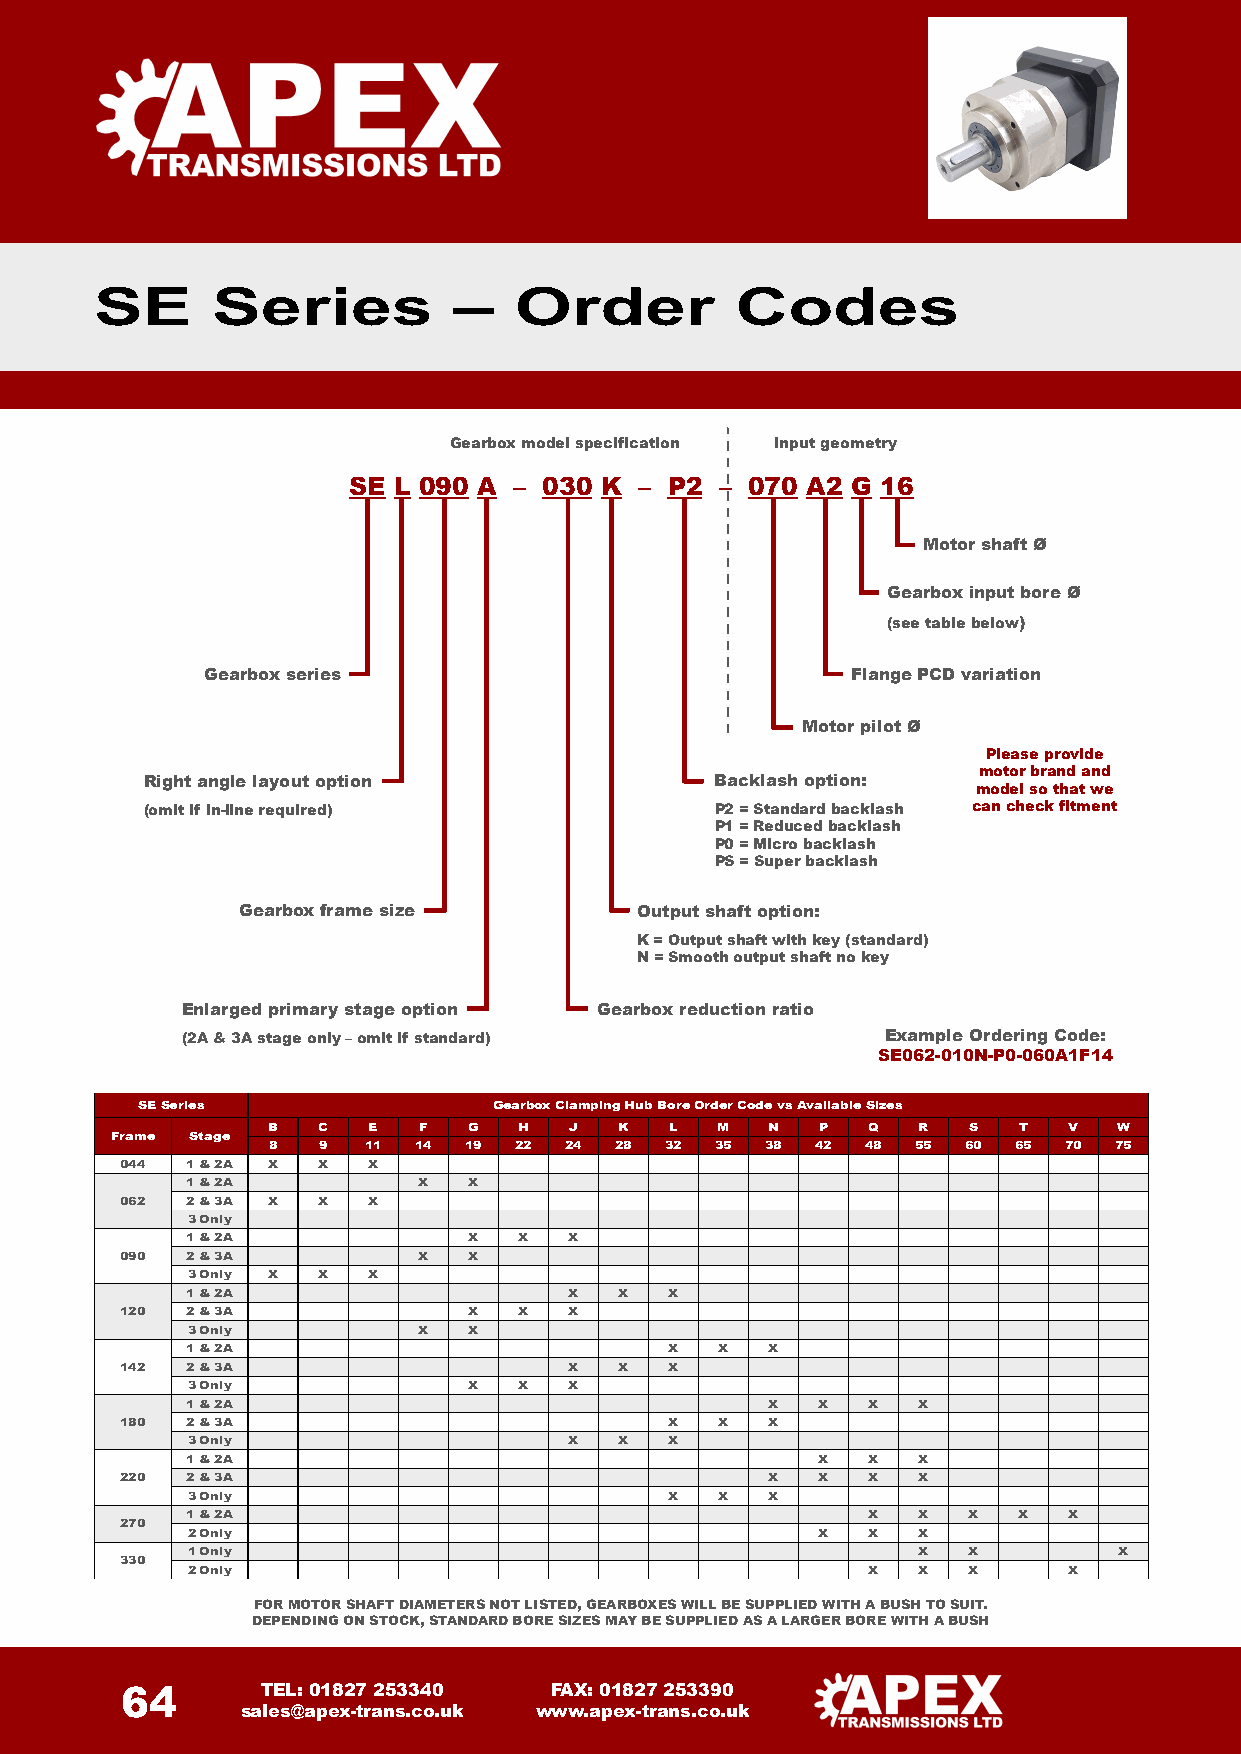
SE      Series          –   Order          Codes
 Gearbox model specification Input geometry
 SE L 090 A – 030 K – P2  – 070 A2 G 16
 Motor shaft Ø
 Gearbox input bore Ø
 (see table below)
 Gearbox series                             Flange PCD variation
 Motor pilot Ø
 Please provide
 motor brand and
 Right angle layout option             Backlash option:
 model so that we
 (omit if in-line required)            P2 = Standard backlash can check fitment
 P1 = Reduced backlash
 P0 = Micro backlash
 PS = Super backlash
 Gearbox frame size        Output shaft option:
 K = Output shaft with key (standard)
 N= Smooth output shaft no key
 Enlarged primary stage option Gearbox reduction ratio
 (2A & 3A stage only –omit if standard)         Example Ordering Code:
 SE062-010N-P0-060A1F14
 SESeries                Gearbox Clamping Hub BoreOrder Code vs Available Sizes
 B  C  E   F  G  H   J  K  L  M   N  P  Q   R  S  T   V  W
 Frame Stage
 8  9  11 14  19 22 24  28 32 35  38 42 48  55 60 65 70  75
 044 1 & 2A X X  X
 1 & 2A          X  X
 062 2 & 3A X X  X
 3 Only
 1 & 2A             X  X   X
 090 2 & 3A          X  X
 3 Only X X  X
 1 & 2A                    X  X  X
 120 2 & 3A             X  X   X
 3 Only          X  X
 1 & 2A                          X   X  X
 142 2 & 3A                    X  X  X
 3 Only             X  X   X
 1 & 2A                                 X  X  X   X
 180 2 & 3A                          X   X  X
 3 Only                    X  X  X
 1 & 2A                                    X  X   X
 220 2 & 3A                                 X  X  X   X
 3 Only                          X   X  X
 1 & 2A                                       X   X  X  X   X
 270
 2 Only                                    X  X   X
 1 Only                                           X  X         X
 330
 2 Only                                       X   X  X      X
 FOR MOTOR SHAFT DIAMETERS NOT LISTED, GEARBOXES WILL BE SUPPLIED WITHA BUSH TO SUIT.
 DEPENDING ON STOCK, STANDARD BORE SIZES MAY BE SUPPLIED AS A LARGER BORE WITH A BUSH
 64       TEL: 01827 253340  FAX: 01827 253390
 sales@apex-trans.co.uk www.apex-trans.co.uk